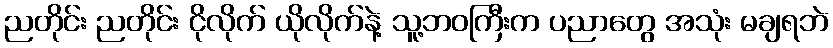
ညတိုင်း ညတိုင်း ငိုလိုက် ယိုလိုက်နဲ့ သူ့ဘဝကြီးက ပညာတွေ အသုံး မချရဘဲ